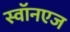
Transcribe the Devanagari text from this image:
स्वॉनएज